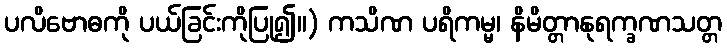
ပလိဗောဓကို ပယ်ခြင်းကိုပြု၍။) ကသိဏ ပရိကမ္မ၊ နိမိတ္တာနုရက္ခဏသတ္တ